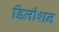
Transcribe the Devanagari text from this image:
डिलीशन